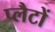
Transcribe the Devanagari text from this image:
प्लैटों